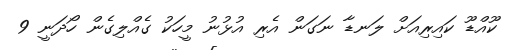
ކޫއްޑޫ ކައިރިއަށް ލަނޑާ ނަގަން އެރި އުޅުނު މީހަކު ގެއްލިގެން ހޯދަނީ 9